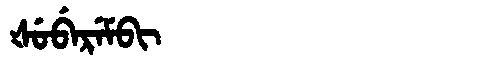
Manchu: ᡧᡠᠪᡝᡵᡝᠮᠪᡳ
Romanization: ŠUBEREMBI